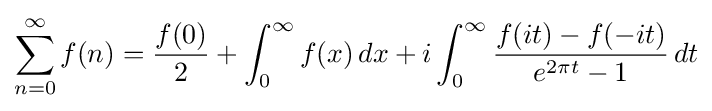
\sum _{n=0}^{\infty }f(n)={\frac {f(0)}{2}}+\int _{0}^{\infty }f(x)\,dx+i\int _{0}^{\infty }{\frac {f(it)-f(-it)}{e^{2\pi t}-1}}\,dt